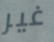
غير